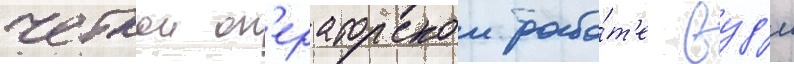
четкои оп'ераторскои рабо́т'е вуд'и